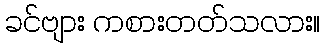
ခင်ဗျား ကစားတတ်သလား။